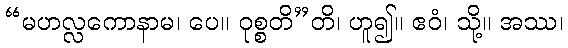
“မဟလ္လကောနာမ၊ ပေ။ ဝုစ္စတိ”တိ၊ ဟူ၍။ ဧဝံ၊ သို့။ အဿ၊